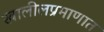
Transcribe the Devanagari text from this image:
खालीलप्रमाणात